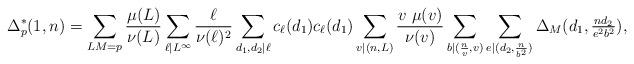
LaTeX: \begin{align*} \Delta^*_p(1,n)= \sum_{LM=p}\frac{\mu(L)}{\nu(L)}\sum_{\ell|L^\infty} \frac{\ell}{\nu(\ell)^2}\sum_{d_1, d_2|\ell}c_\ell(d_1)c_\ell(d_1) \sum_{v|(n,L)}\frac{v\ \mu(v)}{\nu(v)}\sum_{b|(\frac{n}{v}, v)}\sum_{e|(d_2, \frac{n}{b^2})}\Delta_M(d_1, \tfrac{nd_2}{e^2b^2}),\end{align*}